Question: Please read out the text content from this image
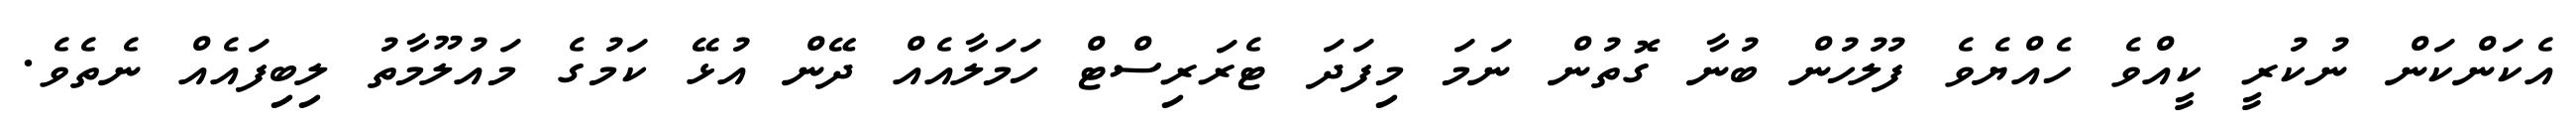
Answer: އެކަންކަން ނުކުރީ ކީއްވެ ހެއްޔެވެ ފުލުހުން ބުނާ ގޮތުން ނަމަ މިފަދަ ޓެރަރިސްޓް ހަމަލާއެއް ދޭން އުޅޭ ކަމުގެ މައުލޫމާތު ލިބިފައެއް ނެތެވެ.